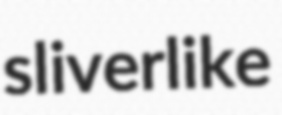
sliverlike